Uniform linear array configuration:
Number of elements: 12
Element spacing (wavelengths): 0.5
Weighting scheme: kaiser
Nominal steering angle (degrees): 45
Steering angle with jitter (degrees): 45.813
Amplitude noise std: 0.05
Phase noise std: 0.05

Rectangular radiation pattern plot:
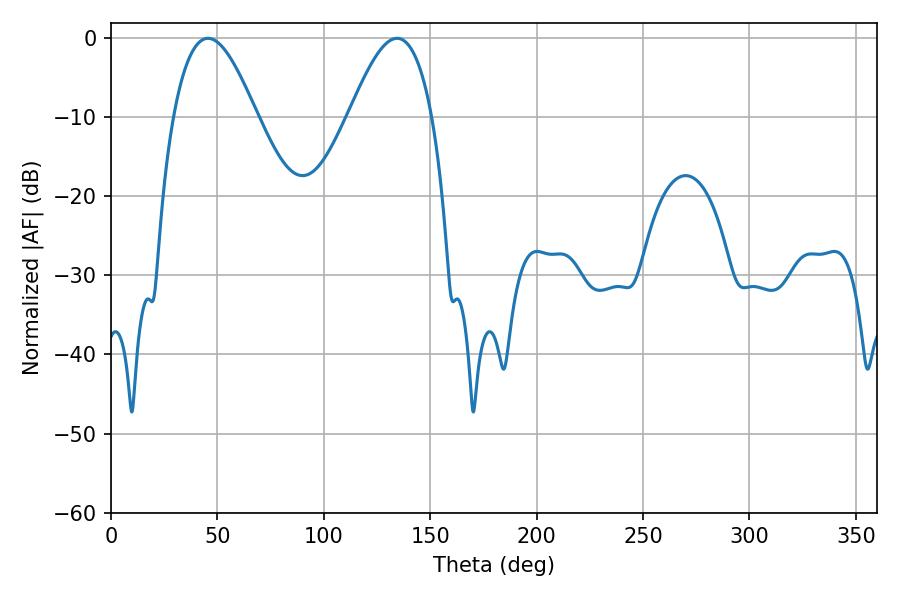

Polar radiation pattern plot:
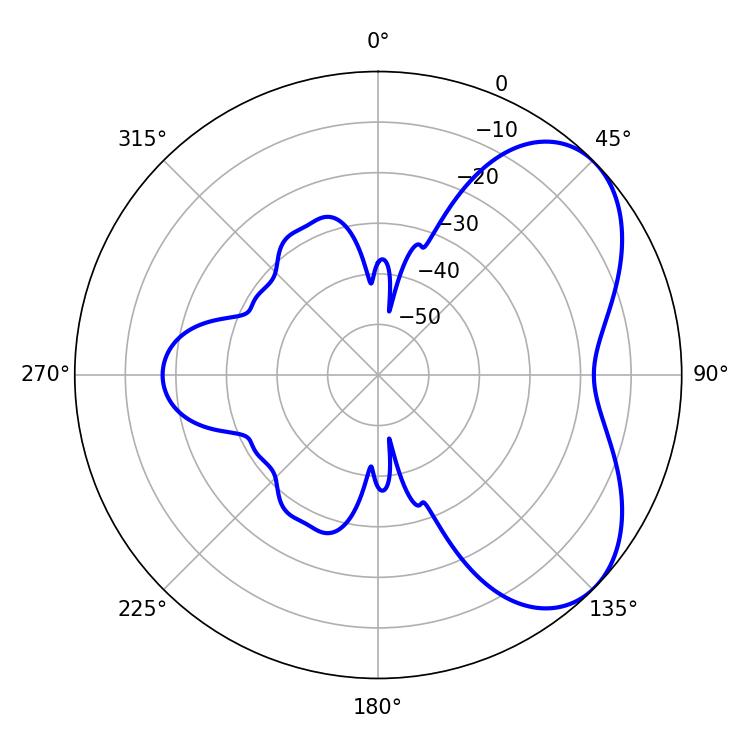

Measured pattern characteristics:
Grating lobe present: FALSE
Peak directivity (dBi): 5.305
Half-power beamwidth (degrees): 21.24
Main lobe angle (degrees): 45.54